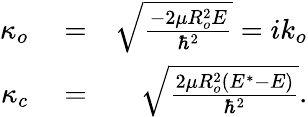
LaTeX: \begin{array}{rlr}{\kappa_{o}}&{{}=}&{\sqrt{\frac{-2\mu R_{o}^{2}E}{\hbar^{2}}}=ik_{o}}\\ {\kappa_{c}}&{{}=}&{\sqrt{\frac{2\mu R_{o}^{2}(E^{*}-E)}{\hbar^{2}}}.}\end{array}